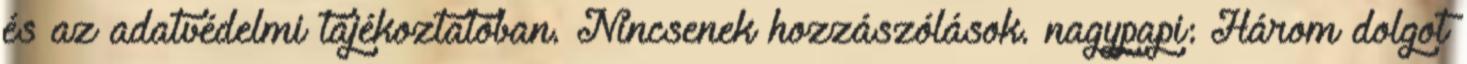
és az adatvédelmi tájékoztatóban. Nincsenek hozzászólások. nagypapi: Három dolgot